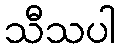
သီသပါ